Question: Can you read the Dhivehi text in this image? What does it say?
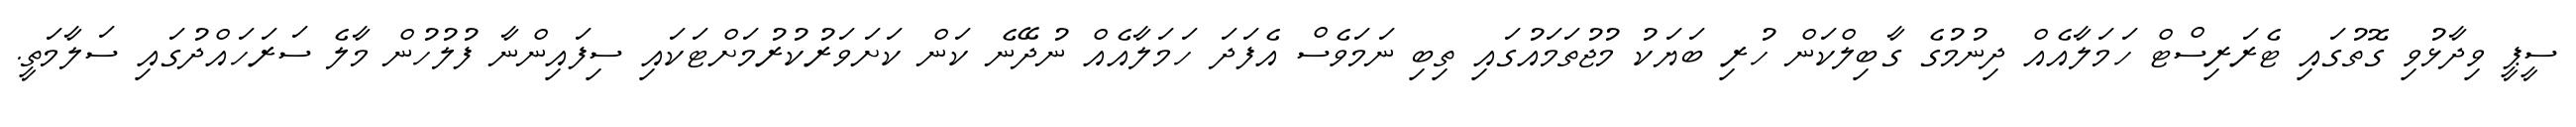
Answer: ސީޕީ ވިދާޅުވި ގޮތުގައި ޓެރަރިސްޓް ހަމަލާއެއް ދިނުމުގެ ގާބިލްކަން ހުރި ބަޔަކު މުޖުތަމައުގައި ތިބި ނަމަވެސް އެފަދަ ހަމަލާއެއް ނުދޭނެ ކަން ކަށަވަރުކުރުމަށްޓަކައި ސިފައިންނާ ފުލުހުން މާލެ ސަރަހައްދުގައި ސަލާމަތީ.